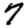
Digit: 7